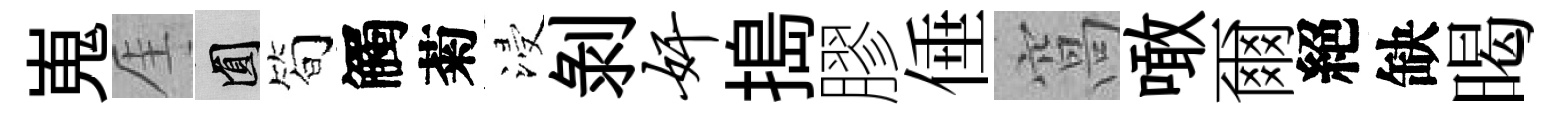
嵬厓圓简觸菊浸剝奸搗膠倕窩噉爾絕缺暍